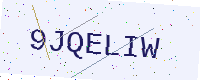
Text: 9JQELIW